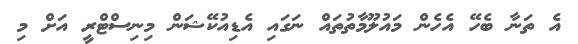
އެ ތަނާ ބެހޭ އެހެން މައުލޫމާތުތައް ނަގައި އެޑިއުކޭޝަން މިނިސްޓްރީ އަށް މި